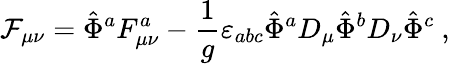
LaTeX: {\cal F}_{\mu\nu}=\hat{\Phi}^{a}F_{\mu\nu}^{a}-\frac{1}{g}\varepsilon_{abc}\hat{\Phi}^{a}D_{\mu}\hat{\Phi}^{b}D_{\nu}\hat{\Phi}^{c}\ ,